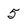
Character: 5